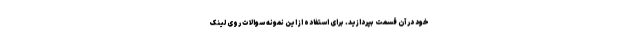
خود در آن قسمت بپردازید. برای استفاده از این نمونه سوالات روی لینک